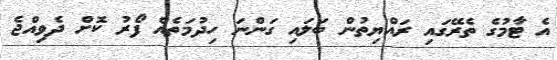
އެ ޓާމުގެ ތެރޭގައި ރައްޔިތުން ބަލައި ގަންނަ ހިދުމަތެއް ފޯރު ކޮށް ދެވިއްޖެ